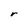
Character: r